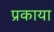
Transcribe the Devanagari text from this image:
प्रकाया